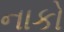
નાકો